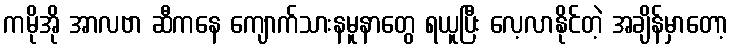
ကမိုအို အာလဗာ ဆီကနေ ကျောက်သားနမူနာတွေ ရယူပြီး လေ့လာနိုင်တဲ့ အချိန်မှာတော့